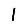
Digit: 1